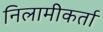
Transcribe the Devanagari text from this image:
निलामीकर्ता